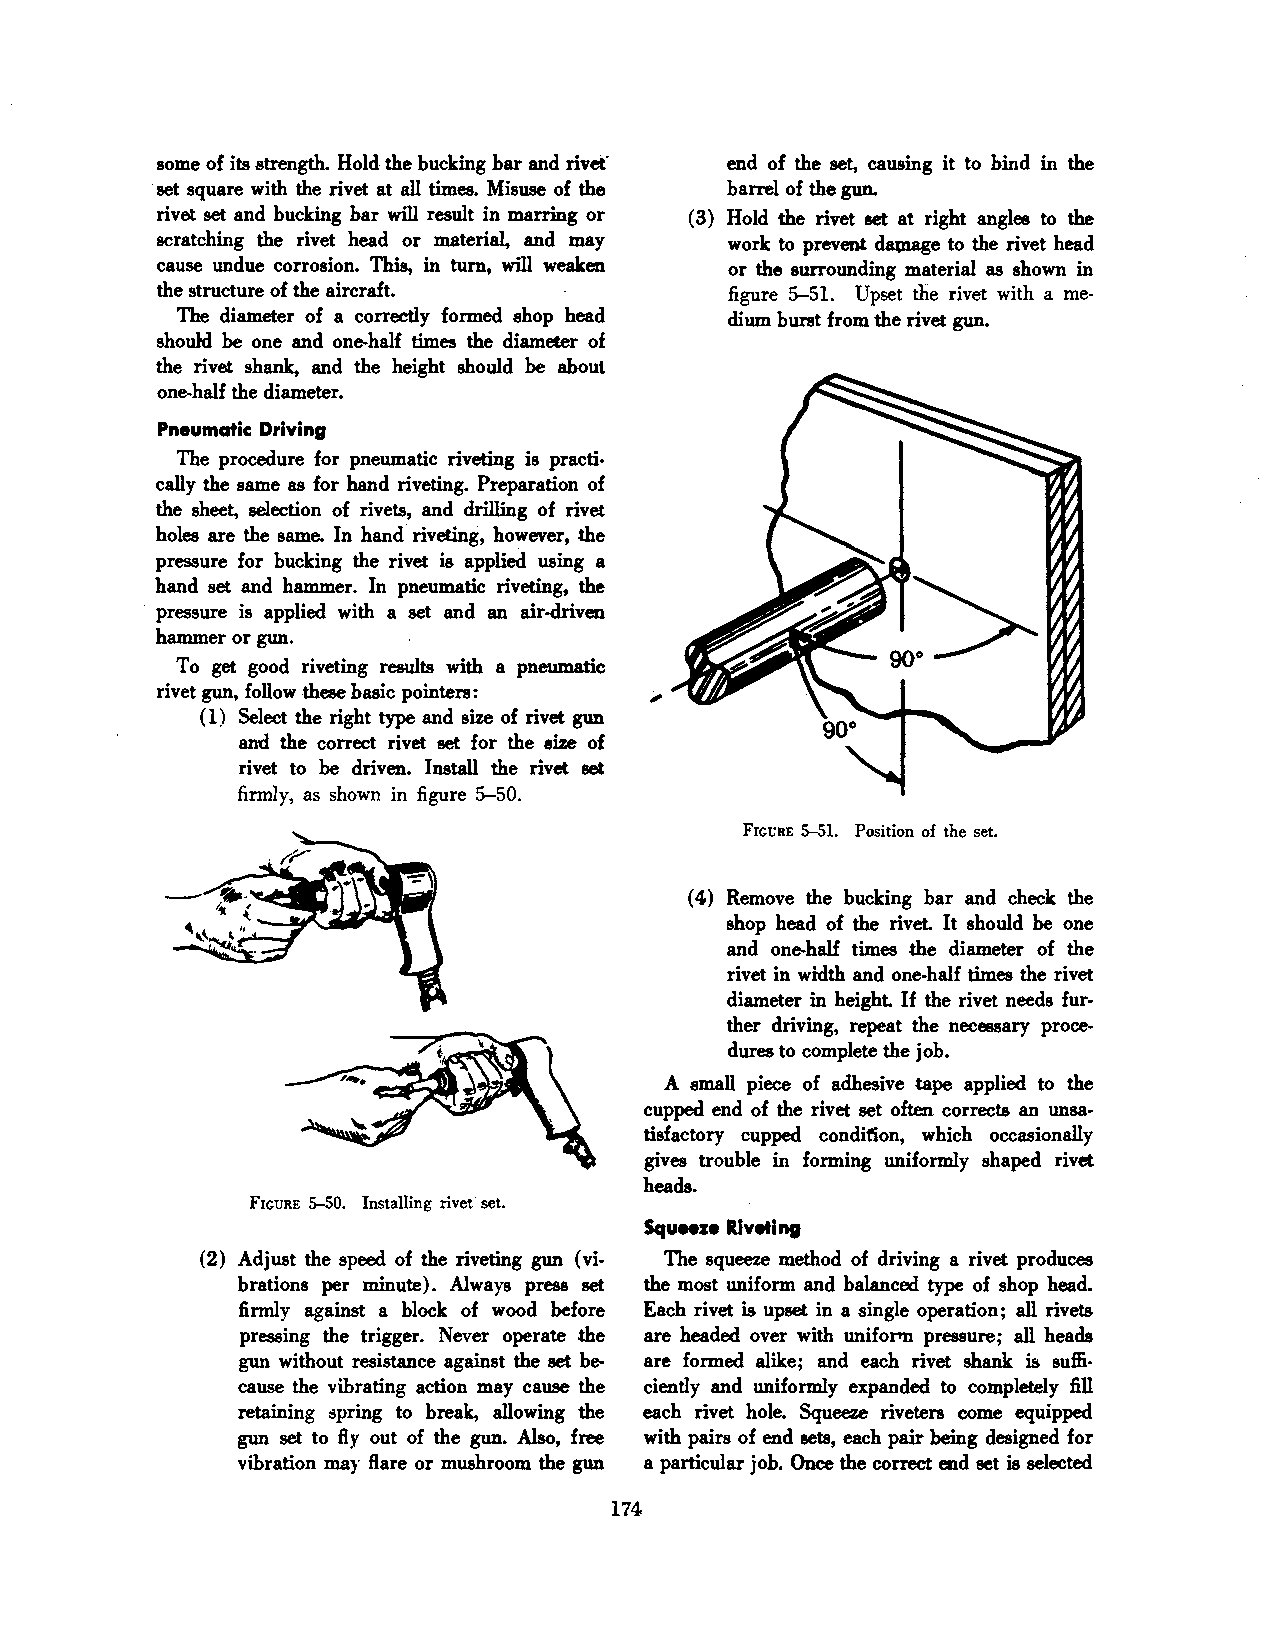
some of its strength. Hold the bucking bar and rivet' end of the set, causing it to bind in the
 ·set square with the rivet at all times. Misuse of the barrel of the gun.
 rivet set and bucking bar will result in marring or ( 3) Hold the rivet set at right angles to the
 scratching the rivet head or material, and may work to prevent «Lqnage to the rivet head
 cause undue corrosion. This, in tum, will weaken or the surrounding material as shown in
 the structure of the aircraft.        figure 5-51. Upset the rivet with a me
 The diameter of a correctly formed shop head dium burst from the rivet gun.
 should be one and one-half times the diameter of
 the rivet shank, and the height should be about
 one-half the diameter.
 Pneumatic Driving
 The procedure for pneumatic riveting is practi
 cally the same as for hand riveting. Preparation of
 the sheet, selection of rivets, and drilling of rivet
 holes are the same. In hand riveting, however, the
 pressure for bucking the rivet is applied using a
 hand set and hammer. In pneumatic riveting, the
 · pressure is applied with a set and an· air·driven
 hammer or gun.
 To get good riveting results with a pneumatic
 rivet gun, follow .these basic pointers:
 ( 1) Select the right type and size of rivet gun
 and the correct rivet set for the size of
 rivet to be driven. Install the rivet set
 firmly, as shown in figure 5-50.
 FIGURE 5-51. Position of the set.
 ( 4) Remove the bucking bar and check the
 shop head of the rivet. It should be one
 and one-half times the diameter of the
 rivet in width and one-half times the rivet
 diameter in height. If the rivet needs fur
 ther driving, repeat the necessary proce
 dures to complete the job.
 A small piece of adhesive tape applied to the
 cupped end of the rivet set often corrects an unsa
 tisfactory cupped condition, which occasionally
 gives trouble in forming uniformly shaped rivet
 heads.
 Fic;URE 5-50. Installing rivet set.
 Squeeze Riveting
 (2) Adjust the speed of the riveting gun (vi The squeeze method of driving a rivet produces
 brations per minute). Always press set the most uniform and balanced type of shop head.
 firmly against a block of wood before Each rivet is upset in a single operation; all rivets
 pressing the trigger. Never operate the are headed over with unifol"D pressure; all heads
 gun without resistance against the set be are formed alike; and each rivet shank is suffi
 cause the vibrating action may cause the ciently and uniformly expanded to completely fill
 retaining spring to break, allowing the each rivet hole. Squeeze riveters come equipped
 gun set to fty out of the gun. Also, free with pairs of end sets, each pair being designed for
 vibration may ftare or mushroom the gun a particular job. Once the correct end set is selected
 174